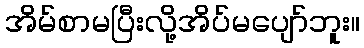
အိမ်စာမပြီးလို့အိပ်မပျော်ဘူး။